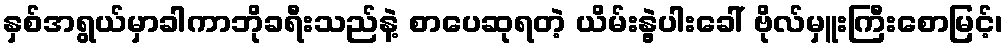
နှစ်အရွယ်မှာခါကာဘိုခရီးသည်နဲ့ စာပေဆုရတဲ့ ယိမ်းနွဲ့ပါးခေါ် ဗိုလ်မှူးကြီးစောမြင့်၊